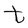
Character: t